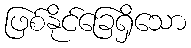
ဖြစ်နိုင်ခြေရှိသော